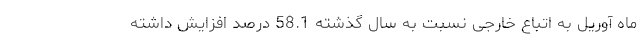
ماه آوریل به اتباع خارجی نسبت به سال گذشته 58.1 درصد افزایش داشته